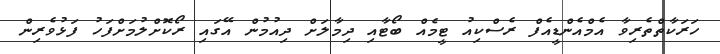
ހަރަކާތްތެރިވާ އެމްއެންޑީއެފް ރެސްކިއު ޓީމެއް ބޯޓާއި ދިމާލަށް ދިއުމުން އޭގައި ރޯކޮށްލުމަށްފަހު ފަޅުވެރިން